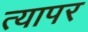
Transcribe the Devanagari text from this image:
त्यापर